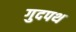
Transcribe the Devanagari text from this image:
गुदपथ